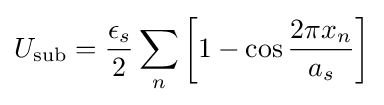
U_{\text{sub}}={\frac {\epsilon _{s}}{2}}\sum _{n}\left[1-\cos {\frac {2\pi x_{n}}{a_{s}}}\right]